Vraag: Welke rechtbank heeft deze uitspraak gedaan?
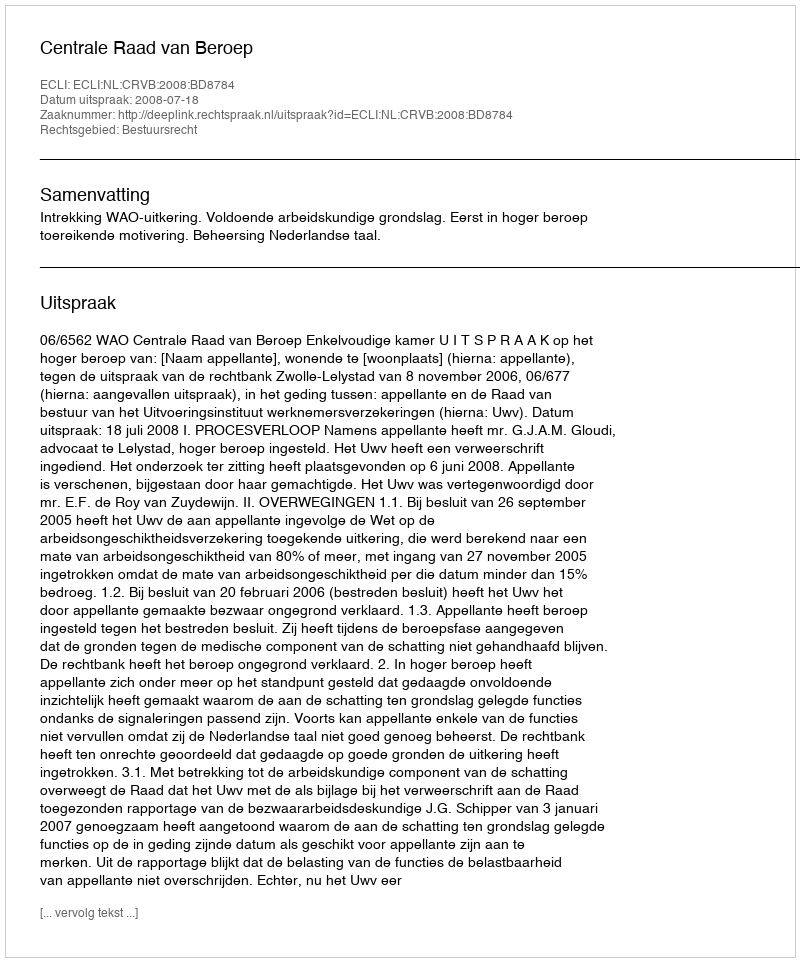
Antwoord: Centrale Raad van Beroep